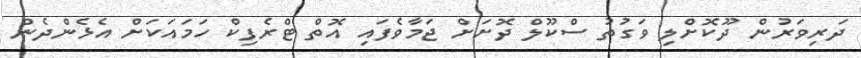
ދަރިވަރުން ދޫކޮށްލި ވަގުތު ސްކޫލް ދޮށަށް ޖަމާވެފައި އޮތް ޓްރެފިކް ހަމައަކަށް އެޅެންދެން